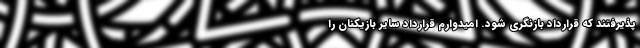
پذیرفتند که قرارداد بازنگری شود. امیدوارم قرارداد سایر بازیکنان را